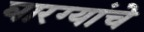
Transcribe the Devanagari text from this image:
घारग्यांचे